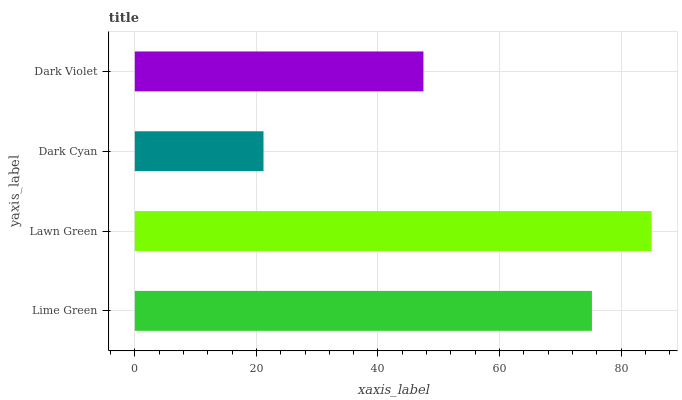
| yaxis_label | bars |
 | --- | --- |
 | Lime Green | 75.2 |
 | Lawn Green | 85 |
 | Dark Cyan | 21.2 |
 | Dark Violet | 47.5 |